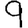
Digit: 9